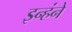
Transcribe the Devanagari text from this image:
इन्हंने